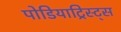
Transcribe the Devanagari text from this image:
पोडियाट्रिस्ट्स